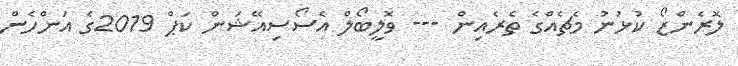
ލޮރެންޒޯ ކުޅުނު މެޗެެއްގެ ތެރެއިން --- ވޮލީބޯލް އެސޯސިއޭޝަން ކަޕް 2019ގެ އަންހެން